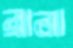
রানা